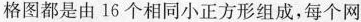
格图都是由16个相同小正方形组成，每个网